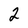
Character: 2